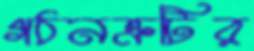
গঠনত্রুটির